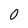
Character: 0